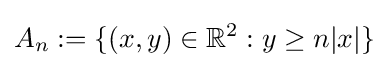
A_{n}:=\{(x,y)\in \mathbb {R} ^{2}:y\geq n|x|\}